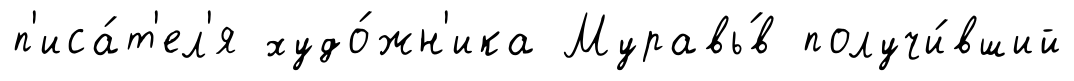
п'иса́т'ел'я худо́жн'ика Муравь́в получи́вший